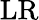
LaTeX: \mathrm{LR}